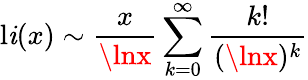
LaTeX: \operatorname{l\mathit{i}}(x)\sim{\frac{{x}}{{\lnx}}}\sum_{k=0}^{\infty}{\frac{{k!}}{{(\lnx)^{k}}}}